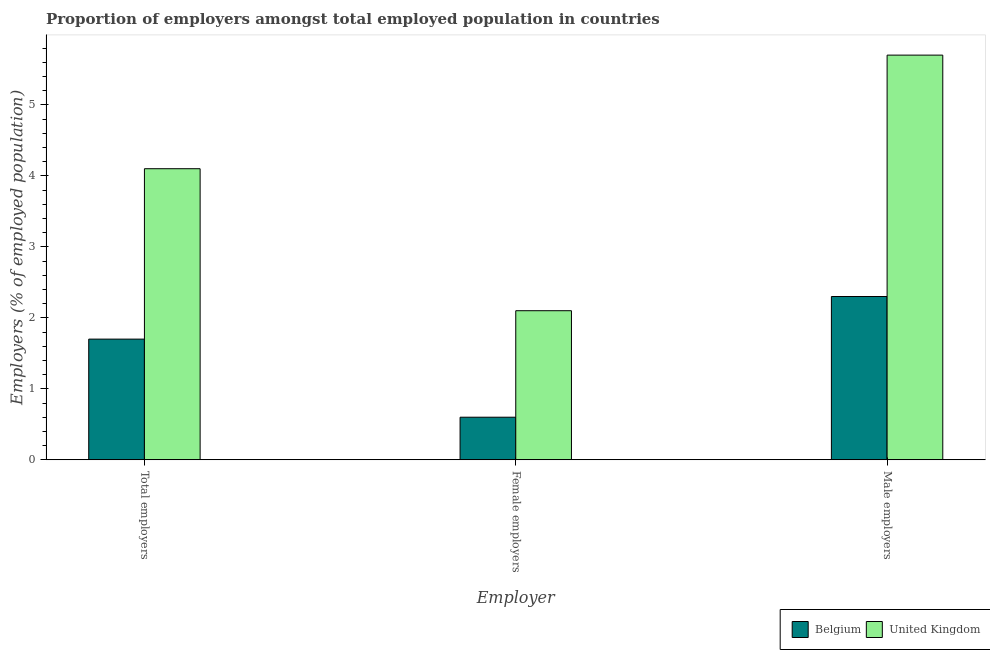
| Employer | Belgium | United Kingdom |
 | --- | --- | --- |
 | Total employers | 1.7 | 4.1 |
 | Female employers | 0.6 | 2.1 |
 | Male employers | 2.3 | 5.7 |